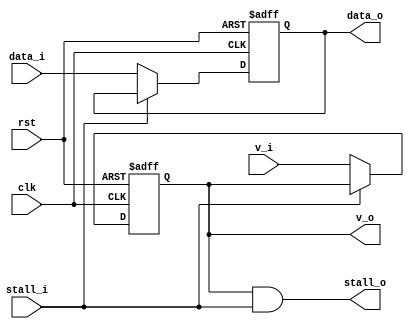
module a_stage #(
  parameter WORD = 32
) (
  input clk,
  input rst,
  input v_i,                    // valid in, if (v_i == 1) valid
  output reg v_o,               // valid out, if (v_o == 1) valid 
  input [WORD-1:0] data_i,      // data in
  output reg [WORD-1:0] data_o, // data out
  input stall_i,                // stall in, if (stall_i == 1) stall
  output stall_o                // stall out, if (stall_o == 1) stall
);

  // stall to previous stage
  assign stall_o = (v_o & stall_i);

  always @(posedge clk or negedge rst) begin
    if (~rst) begin // reset
      v_o <= 0;       // reset valid reg
      data_o <= 0;    // reset data reg
    end
    else begin
      if (~stall_i) begin // valid and not stall
        v_o <= v_i;
        data_o <= data_i;
      end // if (~stall_i)
    end // else !if(~rst)
  end // always @(posedge clk or negedge rst)
endmodule